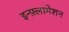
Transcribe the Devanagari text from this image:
इन्फ़्लामेशन